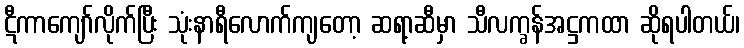
ဋီကာကျော်လိုက်ပြီး သုံးနာရီလောက်ကျတော့ ဆရာ့ဆီမှာ သီလက္ခန်အဋ္ဌကထာ ဆိုရပါတယ်၊